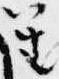
笙